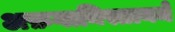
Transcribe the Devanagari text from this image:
अफ़गानिस्तानमें